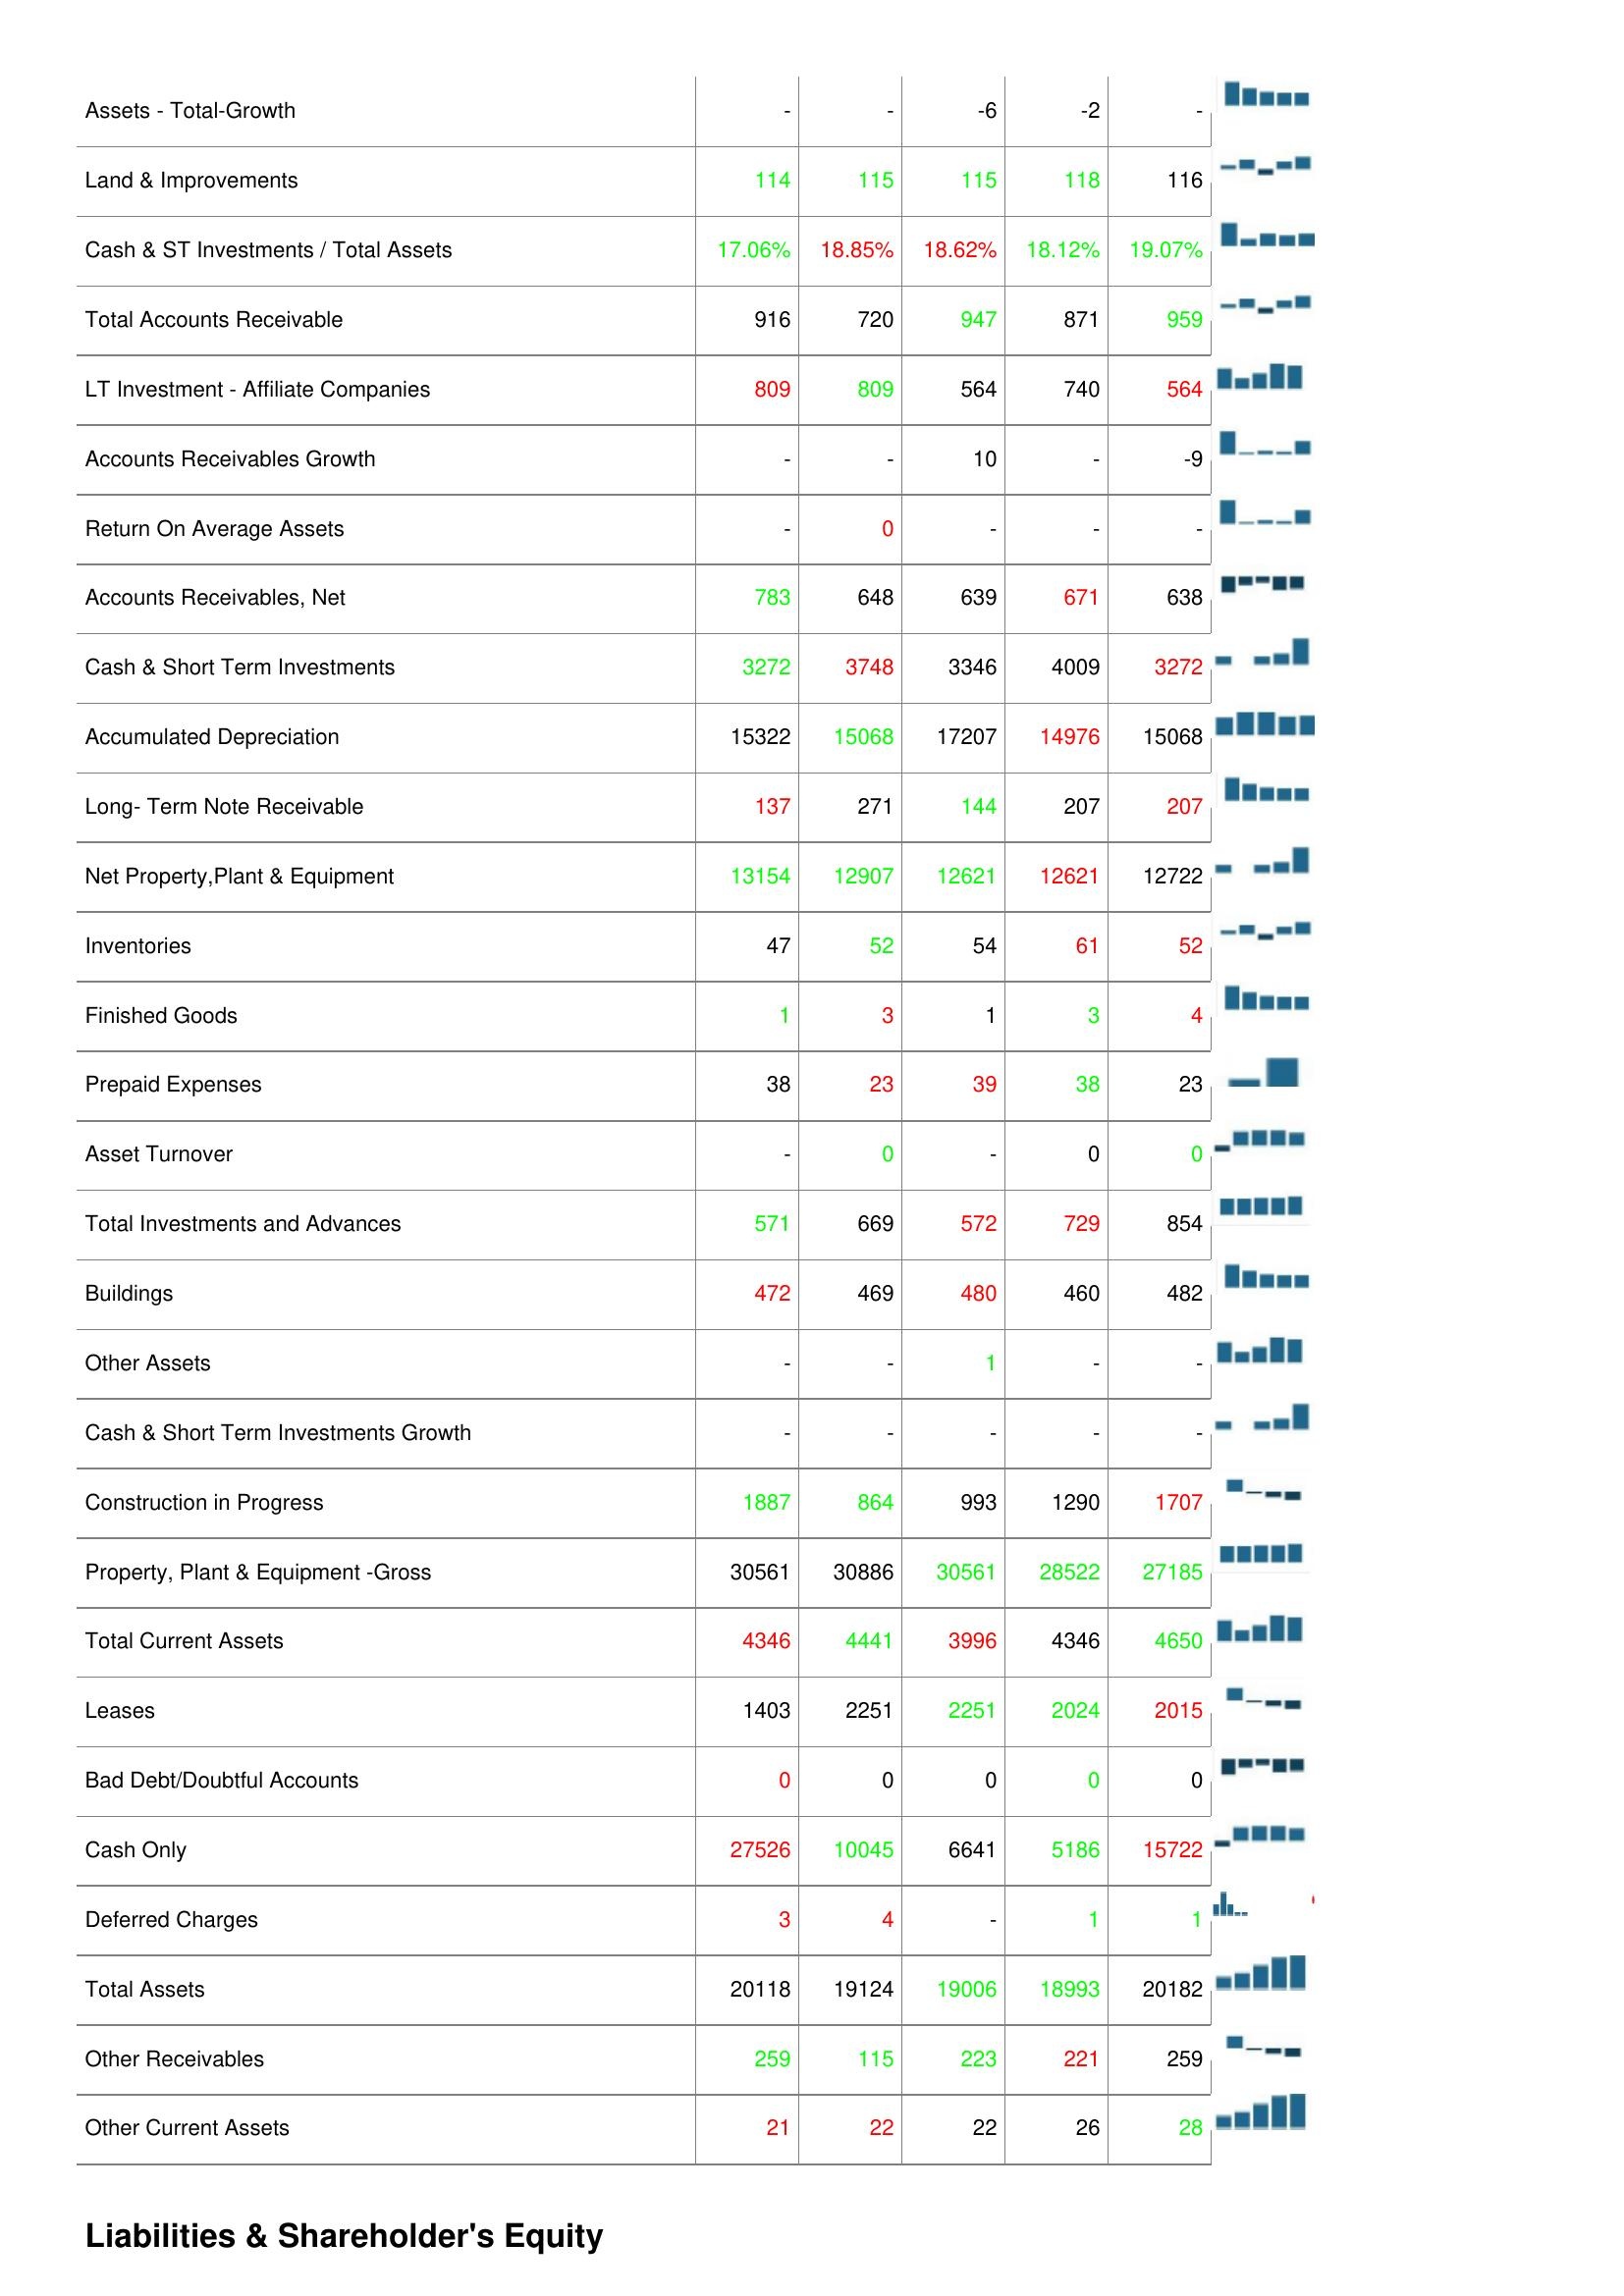
2018: Assets: Other Properyt, Plant & Equipment: 2440
Raw Materials: 67
Accounts Receivables,Grosss: 792
Machinery & Equipment: 22935
Computer Software and Equipment: 139
Accounts Receivable Turnover: 5.6
Transportation Equipment: 31
Assets - Total-Growth: -
Land & Improvements: 114
Cash & ST Investments / Total Assets: 17.06%
Total Accounts Receivable: 916
LT Investment - Affiliate Companies: 809
Accounts Receivables Growth: -
Return On Average Assets: -
Accounts Receivables, Net: 783
Cash & Short Term Investments: 3272
Accumulated Depreciation: 15322
Long- Term Note Receivable: 137
Net Property,Plant & Equipment: 13154
Inventories: 47
Finished Goods: 1
Prepaid Expenses: 38
Asset Turnover: -
Total Investments and Advances: 571
Buildings: 472
Other Assets: -
Cash & Short Term Investments Growth: -
Construction in Progress: 1887
Property, Plant & Equipment -Gross: 30561
Total Current Assets: 4346
Leases: 1403
Bad Debt/Doubtful Accounts: 0
Cash Only: 27526
Deferred Charges: 3
Total Assets: 20118
Other Receivables: 259
Other Current Assets: 21
2017: Assets: Other Properyt, Plant & Equipment: 2516
Raw Materials: 67
Accounts Receivables,Grosss: 777
Machinery & Equipment: 22098
Computer Software and Equipment: 222
Accounts Receivable Turnover: 5.57
Transportation Equipment: 30
Assets - Total-Growth: -
Land & Improvements: 115
Cash & ST Investments / Total Assets: 18.85%
Total Accounts Receivable: 720
LT Investment - Affiliate Companies: 809
Accounts Receivables Growth: -
Return On Average Assets: 0
Accounts Receivables, Net: 648
Cash & Short Term Investments: 3748
Accumulated Depreciation: 15068
Long- Term Note Receivable: 271
Net Property,Plant & Equipment: 12907
Inventories: 52
Finished Goods: 3
Prepaid Expenses: 23
Asset Turnover: 0
Total Investments and Advances: 669
Buildings: 469
Other Assets: -
Cash & Short Term Investments Growth: -
Construction in Progress: 864
Property, Plant & Equipment -Gross: 30886
Total Current Assets: 4441
Leases: 2251
Bad Debt/Doubtful Accounts: 0
Cash Only: 10045
Deferred Charges: 4
Total Assets: 19124
Other Receivables: 115
Other Current Assets: 22
2016: Assets: Other Properyt, Plant & Equipment: 2955
Raw Materials: 43
Accounts Receivables,Grosss: 720
Machinery & Equipment: 22935
Computer Software and Equipment: 202
Accounts Receivable Turnover: 6.15
Transportation Equipment: 29
Assets - Total-Growth: -6
Land & Improvements: 115
Cash & ST Investments / Total Assets: 18.62%
Total Accounts Receivable: 947
LT Investment - Affiliate Companies: 564
Accounts Receivables Growth: 10
Return On Average Assets: -
Accounts Receivables, Net: 639
Cash & Short Term Investments: 3346
Accumulated Depreciation: 17207
Long- Term Note Receivable: 144
Net Property,Plant & Equipment: 12621
Inventories: 54
Finished Goods: 1
Prepaid Expenses: 39
Asset Turnover: -
Total Investments and Advances: 572
Buildings: 480
Other Assets: 1
Cash & Short Term Investments Growth: -
Construction in Progress: 993
Property, Plant & Equipment -Gross: 30561
Total Current Assets: 3996
Leases: 2251
Bad Debt/Doubtful Accounts: 0
Cash Only: 6641
Deferred Charges: -
Total Assets: 19006
Other Receivables: 223
Other Current Assets: 22
2015: Assets: Other Properyt, Plant & Equipment: 2512
Raw Materials: 50
Accounts Receivables,Grosss: 799
Machinery & Equipment: 22913
Computer Software and Equipment: 154
Accounts Receivable Turnover: 5.63
Transportation Equipment: 31
Assets - Total-Growth: -2
Land & Improvements: 118
Cash & ST Investments / Total Assets: 18.12%
Total Accounts Receivable: 871
LT Investment - Affiliate Companies: 740
Accounts Receivables Growth: -
Return On Average Assets: -
Accounts Receivables, Net: 671
Cash & Short Term Investments: 4009
Accumulated Depreciation: 14976
Long- Term Note Receivable: 207
Net Property,Plant & Equipment: 12621
Inventories: 61
Finished Goods: 3
Prepaid Expenses: 38
Asset Turnover: 0
Total Investments and Advances: 729
Buildings: 460
Other Assets: -
Cash & Short Term Investments Growth: -
Construction in Progress: 1290
Property, Plant & Equipment -Gross: 28522
Total Current Assets: 4346
Leases: 2024
Bad Debt/Doubtful Accounts: 0
Cash Only: 5186
Deferred Charges: 1
Total Assets: 18993
Other Receivables: 221
Other Current Assets: 26
2014: Assets: Other Properyt, Plant & Equipment: 2622
Raw Materials: 50
Accounts Receivables,Grosss: 792
Machinery & Equipment: 22913
Computer Software and Equipment: 184
Accounts Receivable Turnover: 5.89
Transportation Equipment: 28
Assets - Total-Growth: -
Land & Improvements: 116
Cash & ST Investments / Total Assets: 19.07%
Total Accounts Receivable: 959
LT Investment - Affiliate Companies: 564
Accounts Receivables Growth: -9
Return On Average Assets: -
Accounts Receivables, Net: 638
Cash & Short Term Investments: 3272
Accumulated Depreciation: 15068
Long- Term Note Receivable: 207
Net Property,Plant & Equipment: 12722
Inventories: 52
Finished Goods: 4
Prepaid Expenses: 23
Asset Turnover: 0
Total Investments and Advances: 854
Buildings: 482
Other Assets: -
Cash & Short Term Investments Growth: -
Construction in Progress: 1707
Property, Plant & Equipment -Gross: 27185
Total Current Assets: 4650
Leases: 2015
Bad Debt/Doubtful Accounts: 0
Cash Only: 15722
Deferred Charges: 1
Total Assets: 20182
Other Receivables: 259
Other Current Assets: 28